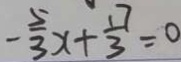
- \frac { 5 } { 3 } x + \frac { 1 7 } { 3 } = 0